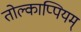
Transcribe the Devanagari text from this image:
तोल्काप्पियम्